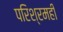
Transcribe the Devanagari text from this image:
परिश्रमही